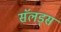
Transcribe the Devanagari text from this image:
सॅलड्स